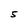
Character: 5